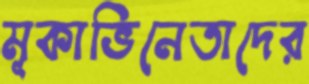
মূকাভিনেতাদের